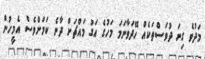
މަދުވެ ގިނަ ދުވަސްތަކެއް ހޭދަވާނަމަ މަހުގެ އަގު މައްޗަށް ދާނެ ކަމަށްވެސް އެމީހުން